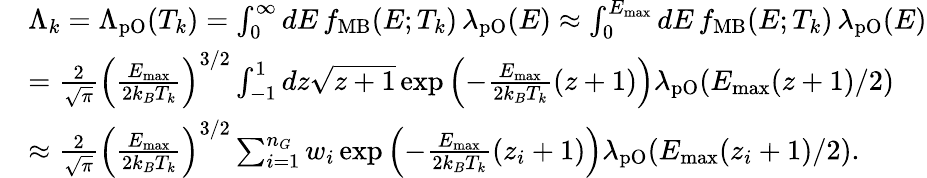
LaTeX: \begin{array}{rl}&{\Lambda_{k}=\Lambda_{\mathrm{pO}}(T_{k})=\int_{0}^{\infty}dE\, f_{\mathrm{MB}}(E;T_{k})\, \lambda_{\mathrm{pO}}(E)\approx\int_{0}^{E_{\mathrm{max}}}dE\, f_{\mathrm{MB}}(E;T_{k})\, \lambda_{\mathrm{pO}}(E)}\\ &{=\frac{2}{\sqrt{\pi}}\left(\frac{E_{\mathrm{max}}}{2k_{B}T_{k}}\right)^{3/2}\int_{-1}^{1}dz\sqrt{z+1}\exp\left(-\frac{E_{\mathrm{max}}}{2k_{B}T_{k}}(z+1)\right)\lambda_{\mathrm{pO}}(E_{\mathrm{max}}(z+1)/2)}\\ &{\approx\frac{2}{\sqrt{\pi}}\left(\frac{E_{\mathrm{max}}}{2k_{B}T_{k}}\right)^{3/2}\sum_{i=1}^{n_{G}}w_{i}\exp\left(-\frac{E_{\mathrm{max}}}{2k_{B}T_{k}}(z_{i}+1)\right)\lambda_{\mathrm{pO}}(E_{\mathrm{max}}(z_{i}+1)/2).}\end{array}